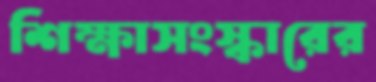
শিক্ষাসংস্কারের